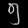
Digit: ၅